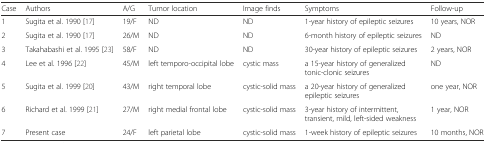
<table><thead><tr><td><b>Case</b></td><td><b>Authors</b></td><td><b>A/G</b></td><td><b>Tumor location</b></td><td><b>Image finds</b></td><td><b>Symptoms</b></td><td><b>Follow-up</b></td></tr></thead><tbody><tr><td>1</td><td>Sugita et al. 1990 [17]</td><td>19/F</td><td>ND</td><td>ND</td><td>1-year history of epileptic seizures</td><td>10 years, NOR</td></tr><tr><td>2</td><td>Sugita et al. 1990 [17]</td><td>26/M</td><td>ND</td><td>ND</td><td>6-month history of epileptic seizures</td><td>ND</td></tr><tr><td>3</td><td>Takahabashi et al. 1995 [23]</td><td>58/F</td><td>ND</td><td>ND</td><td>30-year history of epileptic seizures</td><td>2 years, NOR</td></tr><tr><td>4</td><td>Lee et al. 1996 [22]</td><td>45/M</td><td>left temporo-occipital lobe</td><td>cystic mass</td><td>a 15-year history of generalized tonic-clonic seizures</td><td>ND</td></tr><tr><td>5</td><td>Sugita et al. 1999 [20]</td><td>43/M</td><td>right temporal lobe</td><td>cystic-solid mass</td><td>a 20-year history of generalized epileptic seizures</td><td>one year, NOR</td></tr><tr><td>6</td><td>Richard et al. 1999 [21]</td><td>27/M</td><td>right medial frontal lobe</td><td>cystic-solid mass</td><td>3-year history of intermittent, transient, mild, left-sided weakness</td><td>1 year, NOR</td></tr><tr><td>7</td><td>Present case</td><td>24/F</td><td>left parietal lobe</td><td>cystic-solid mass</td><td>1-week history of epileptic seizures</td><td>10 months, NOR</td></tr></tbody></table>